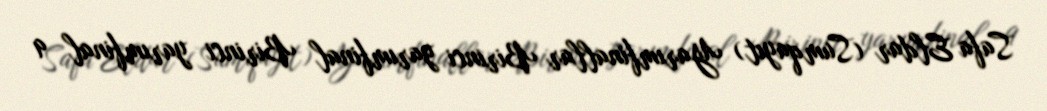
Safa Eldar (Sumqayıt) Yarımfinallar Birinci yarımfinal Birinci yarımfinal 9